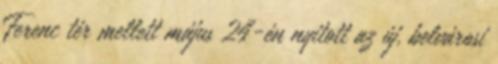
Ferenc tér mellett május 24-én nyitott az új, belvárosi